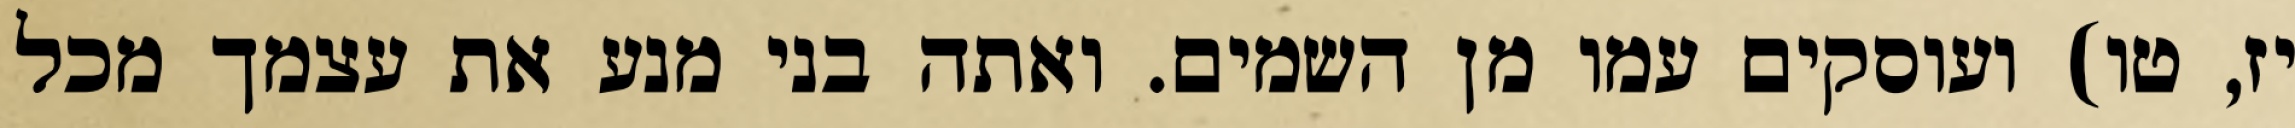
יז, טו) ועוסקים עמו מן השמים. ואתה בני מנע את עצמך מכל